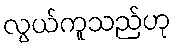
လွယ်ကူသည်ဟု